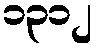
၁၃၁၂